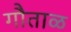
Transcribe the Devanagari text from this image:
गौताळ